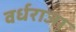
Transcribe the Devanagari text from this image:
वर्धराजा